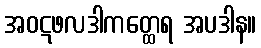
အဝဋဖလဒါကတ္ထေရ အပဒါန။